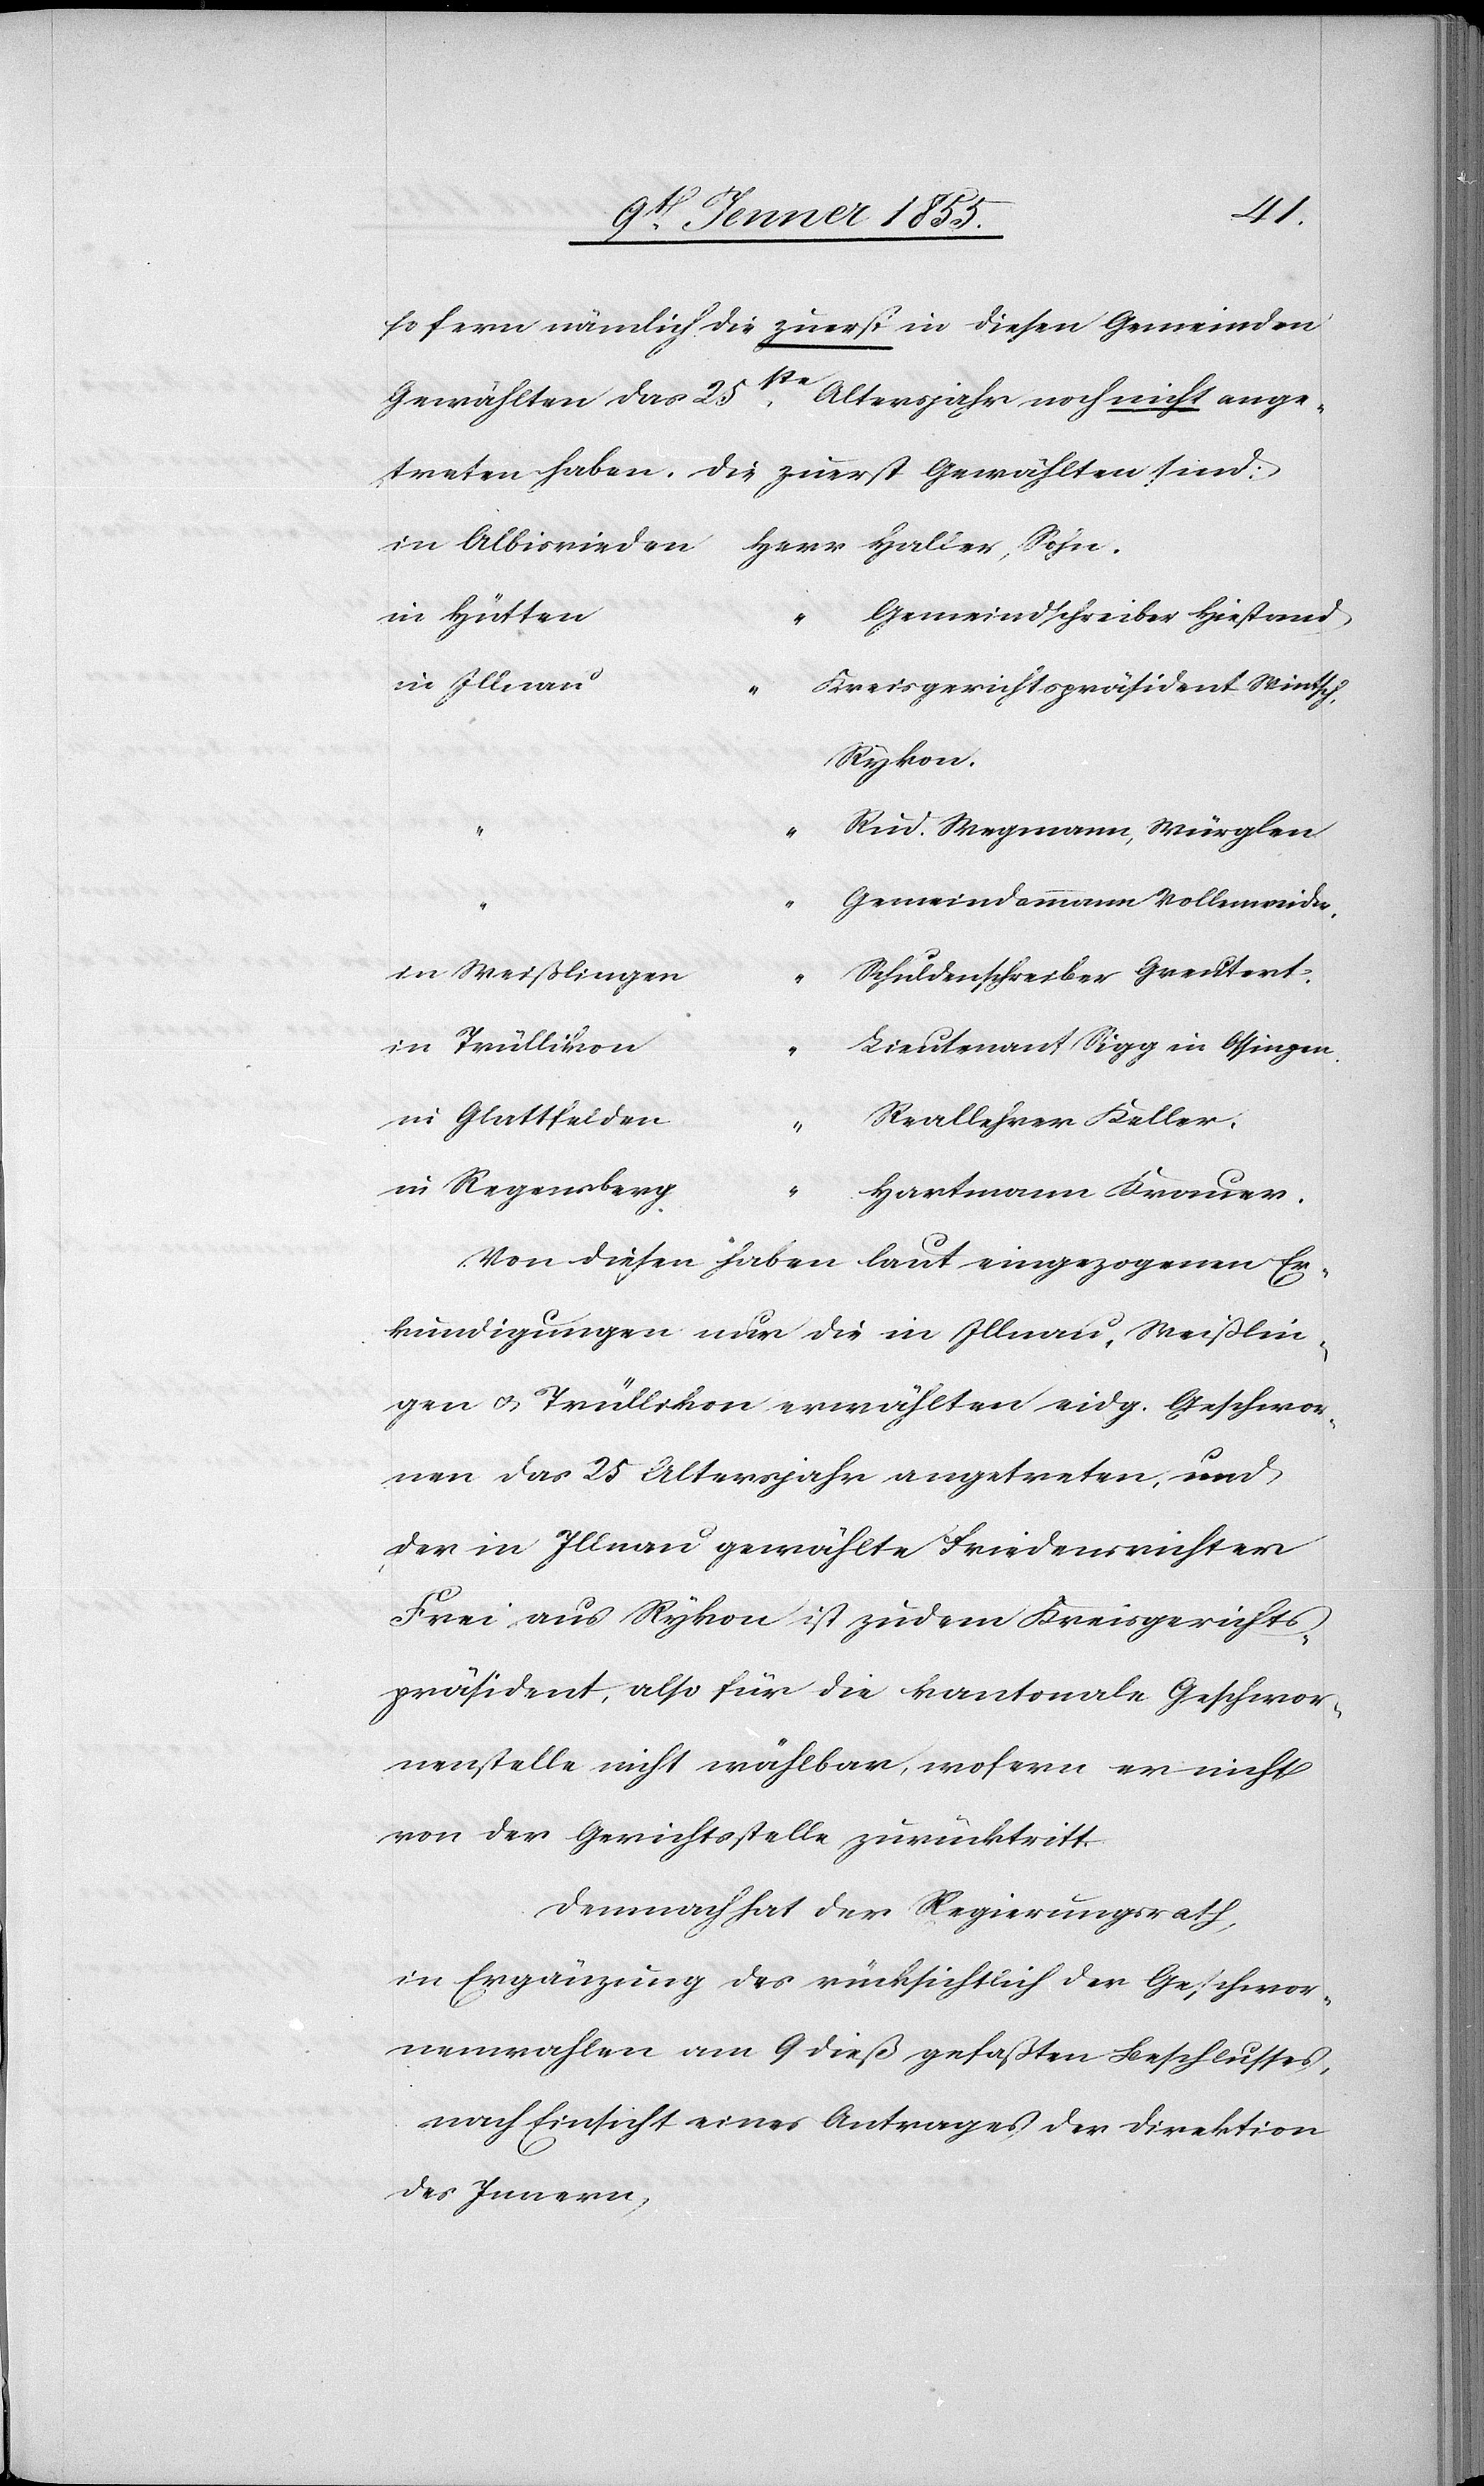
Sohn.
so fern nämlich die zuerst in diesen Gemeinden
te. Altersjahr noch nicht ange¬
Gewählten das 25s¬
treten haben. Die zuerst Gewählten sind:
in Hütten
Gemeindschreiber Hiestand
in Illnau
Kreisgerichtspräsident Wintsch,
Rykon.
Rud. Wegmann, Würglen
“
Gemeindammann Vollenweider.
in Weißlingen
Schuldenschreiber Greutert.
in Trüllikon
Lieutenant Sigg in Ossingen.
in Glattfelden
Reallehrer Keller.
Herr
in Regensberg
“
Hartmann Krauer.
Von diesen haben laut eingezogenen Er¬
kundigungen nur die in Illnau, Weißlin¬
gen & Trüllikon erwählten eidg. Geschwor¬
nen das 25 Altersjahr angetreten, und
der in Illnau gewählte Friedensrichter
Frei aus Rykon ist zudem Kreisgerichts¬
präsident, also für die kantonale Geschwor¬
nenstelle nicht wählbar, wofern er nicht
von der Gerichtsstelle zurücktritt.
Demnach hat der Regierungsrath,
in Ergänzung des rücksichtlich der Geschwor¬
nenwahlen am 9 dieß gefaßten Beschlusses,
nach Einsicht eines Antrages der Direktion
des Innern,